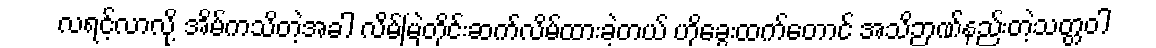
လရင့်လာလို့ အိမ်ကသိတဲ့အခါ လိမ်မြဲတိုင်းဆက်လိမ်ထားခဲ့တယ် ဟိုခွေးထက်တောင် အသိဉာဏ်နည်းတဲ့သတ္တဝါ